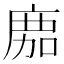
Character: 𢉻